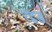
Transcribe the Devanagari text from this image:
रद्दड